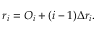
r _ { i } = O _ { i } + ( i - 1 ) \Delta r _ { i } .